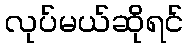
လုပ်မယ်ဆိုရင်